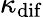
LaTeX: \kappa_{\mathrm{dif}}